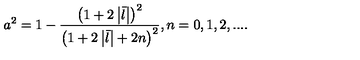
a ^ { 2 } = 1 - \frac { \left( 1 + 2 \left| \bar { l } \right| \right) ^ { 2 } } { \left( 1 + 2 \left| \bar { l } \right| + 2 n \right) ^ { 2 } } , n = 0 , 1 , 2 , . . . .